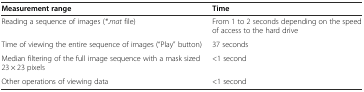
| Measurement range | Time |
 | --- | --- |
 | Reading a sequence of images (*.mat file) | From 1 to 2 seconds depending on the speed of access to the hard drive |
 | Time of viewing the entire sequence of images (“Play” button) | 37 seconds |
 | Median filtering of the full image sequence with a mask sized 23 × 23 pixels | <1 second |
 | Other operations of viewing data | <1 second |